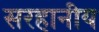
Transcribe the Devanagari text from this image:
सरहानीय